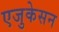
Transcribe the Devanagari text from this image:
एजुकेसन